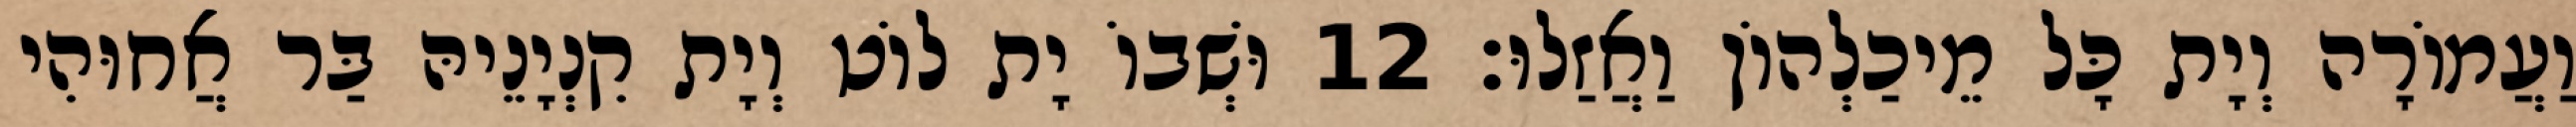
וַעֲמוֹרָה וְיָת כָּל מֵיכַלְהוֹן וַאֲזַלוּ׃ 12 וּשְׁבוֹ יָת לוֹט וְיָת קִנְיָנֵיהּ בַּר אֲחוּהִי